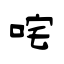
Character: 咤